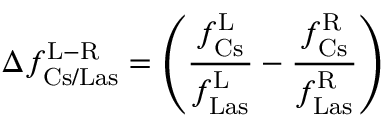
\Delta f _ { \mathrm { C s / L a s } } ^ { \mathrm { L - R } } = \left( \frac { f _ { \mathrm { C s } } ^ { \mathrm { L } } } { f _ { \mathrm { L a s } } ^ { \mathrm { L } } } - \frac { f _ { \mathrm { C s } } ^ { \mathrm { R } } } { f _ { \mathrm { L a s } } ^ { \mathrm { R } } } \right)